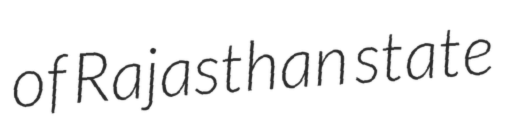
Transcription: of Rajasthan state